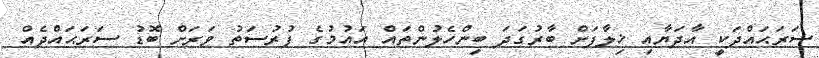
ސަރަޙައްދަކީ އާދަޔާއި ޚިލާފަށް ބާރުގަދަ ބިންހެލުންތައް އައުމުގެ ފުރުސަތު ވަރަށް ބޮޑު ސަރަޙައްދެއް